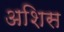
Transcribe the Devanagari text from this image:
अशिस